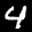
Label: 4